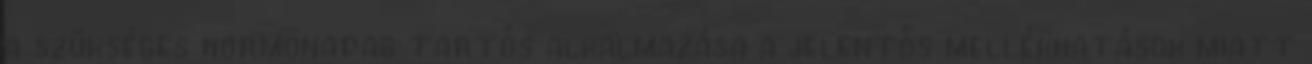
a szükséges hormonadag tartós alkalmazása a jelentős mellékhatások miatt